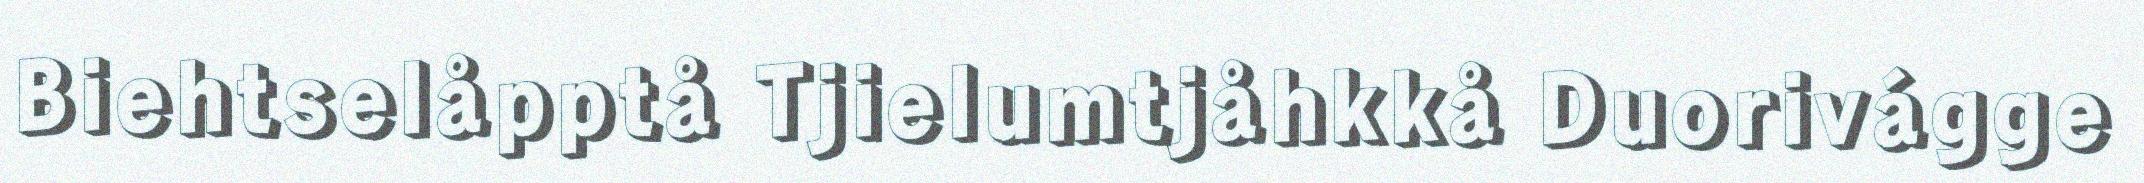
Biehtselåpptå Tjielumtjåhkkå Duorivágge